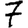
Digit: 7